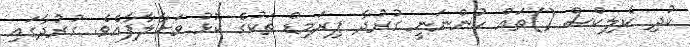
ކުދި ކެލިކްސް ()ތައް ހުންނަނީ ގުރުދާ ޕިރަމިޑް ތަކުގެ ކޮޅު ވަށާލާފާއެވެ. ގުރުދާގައި